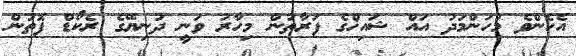
އެހެންވެ މުހަންމަދު އައް ޝައިޚްގެ ފަރާތުން މިހާރު ވަނީ ދުނިޔޭގެ ރެކޯޑް ފޮތުން